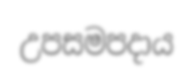
උපසමපදාය